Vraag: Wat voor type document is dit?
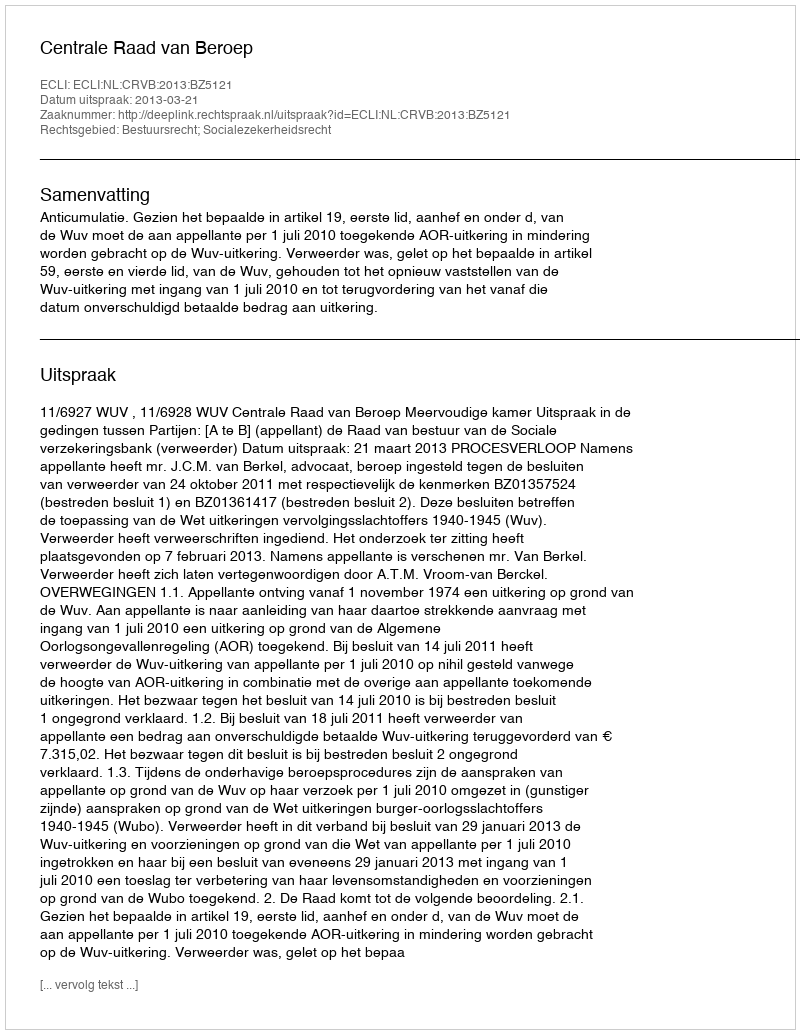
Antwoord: Uitspraak